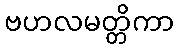
ဗဟလမတ္တိကာ